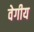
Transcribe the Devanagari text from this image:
वेगीय